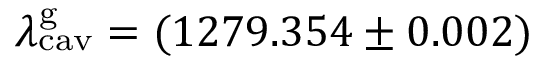
\lambda _ { \mathrm { c a v } } ^ { \mathrm { g } } = ( 1 2 7 9 . 3 5 4 \pm 0 . 0 0 2 )